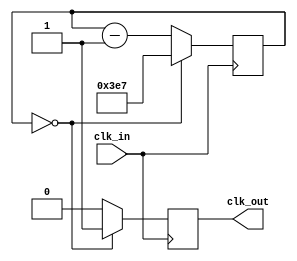
module frequency_divider (
    input wire clk_in,
    output reg clk_out
);

reg [15:0] count;

always @ (posedge clk_in) begin
    if (count == 0) begin
        count <= 999; // Set division ratio here
        clk_out <= 1'b1;
    end else begin
        count <= count - 1;
        clk_out <= 1'b0;
    end
end

endmodule